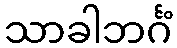
သာခါဘင်္ဂံ